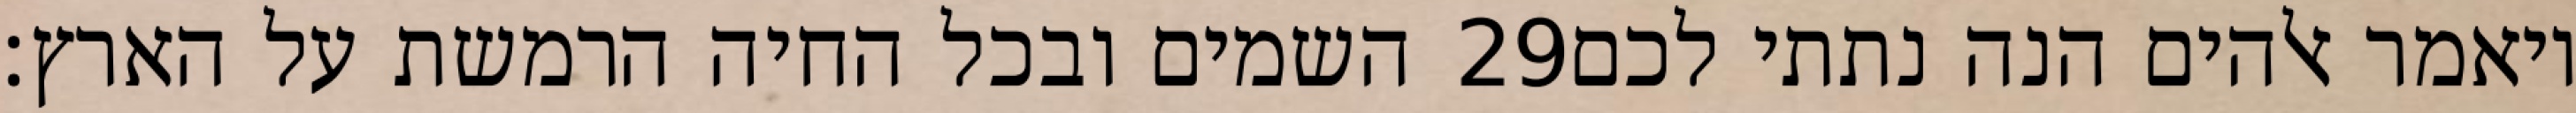
השמים ובכל החיה הרמשת על הארץ׃ ‎29‏ ויאמר אלהים הנה נתתי לכם